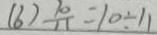
( 6 ) \frac { 1 0 } { 1 1 } = 1 0 \div 1 1